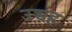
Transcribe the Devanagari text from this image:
उच्चह